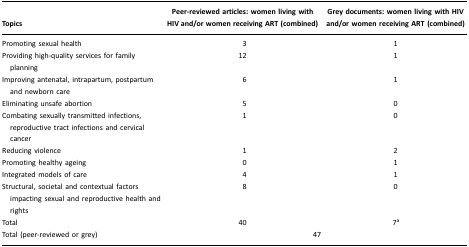
<table><thead><tr><td><b>Topics</b></td><td><b>Peer-reviewed articles: women living with HIV and/or women receiving ART (combined)</b></td><td><b>Grey documents: women living with HIV and/or women receiving ART (combined)</b></td></tr></thead><tbody><tr><td>Promoting sexual health</td><td>3</td><td>1</td></tr><tr><td>Providing high-quality services for family planning</td><td>12</td><td>1</td></tr><tr><td>Improving antenatal, intrapartum, postpartum and newborn care</td><td>6</td><td>1</td></tr><tr><td>Eliminating unsafe abortion</td><td>5</td><td>0</td></tr><tr><td>Combating sexually transmitted infections, reproductive tract infections and cervical cancer</td><td>1</td><td>0</td></tr><tr><td>Reducing violence</td><td>1</td><td>2</td></tr><tr><td>Promoting healthy ageing</td><td>0</td><td>1</td></tr><tr><td>Integrated models of care</td><td>4</td><td>1</td></tr><tr><td>Structural, societal and contextual factors impacting sexual and reproductive health and rights</td><td>8</td><td>0</td></tr><tr><td>Total</td><td>40</td><td>7a</td></tr><tr><td>Total (peer-reviewed or grey)</td><td colspan="2">47</td></tr></tbody></table>